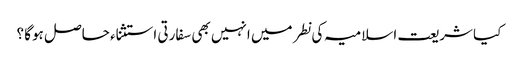
کیا شریعت اسلامیہ کی نطر میں انہیں بھی سفارتی استثناء حاصل ہوگا ؟